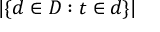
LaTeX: | \{ d \in D : t \in d \} |